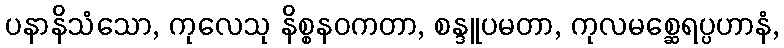
ပနာနိသံသော, ကုလေသု နိစ္စနဝကတာ, စန္ဒူပမတာ, ကုလမစ္ဆေရပ္ပဟာနံ,